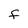
Character: f